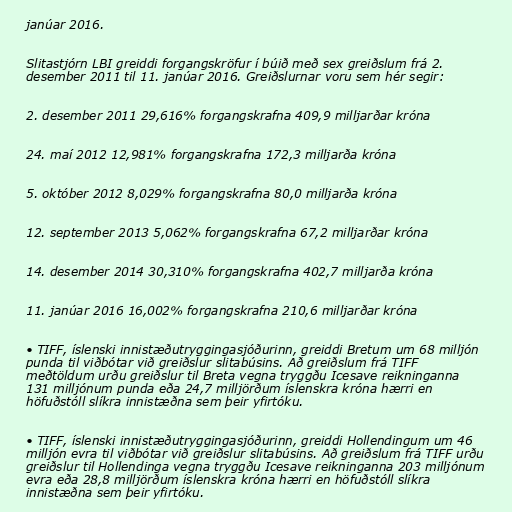
jan­úar 2016.

Slita­stjórn LBI greiddi for­gangskröfur í búið með sex greiðslum frá 2.
des­em­ber 2011 til 11. jan­úar 2016. Greiðsl­urnar voru sem hér seg­ir:

2. des­em­ber 2011 29,616% for­gangskrafna 409,9 millj­arðar króna

24. maí 2012 12,981% for­gangskrafna 172,3 millj­arða króna

5. október 2012 8,029% for­gangskrafna 80,0 millj­arða króna

12. sept­em­ber 2013 5,062% for­gangskrafna 67,2 millj­arðar króna

14. des­em­ber 2014 30,310% for­gangskrafna 402,7 millj­arða króna

11. jan­úar 2016 16,002% for­gangskrafna 210,6 millj­arðar króna

• TIFF, íslenski inni­stæðu­trygg­inga­sjóð­ur­inn, greiddi Bretum um 68 milljón
punda til viðbótar við greiðslur slita­bús­ins. Að greiðsl­u­m frá TIFF
meðtöldum urð­u greiðslur til Breta vegna tryggðu Ices­ave reikn­ing­anna
131 milljónum punda eða 24,7 milljörðum íslenskra króna hærri en
höfuðstóll slíkra inni­stæðna sem þeir yfirtóku.

• TIFF, íslenski inni­stæðu­trygg­inga­sjóð­ur­inn, greiddi Hol­lend­ingum um 46
milljón evra til viðbótar við greiðslur slita­bús­ins. Að greiðslum frá TIFF urðu
greiðslur til­ Hol­lend­inga vegna tryggðu Ices­ave reikn­ing­anna 203 milljónum
evra eða 28,8 milljörðum íslenskra króna hærri en höfuðstóll slíkra
inni­stæðna sem þeir yfirtóku.